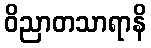
ဝိညာတသာရာနိ